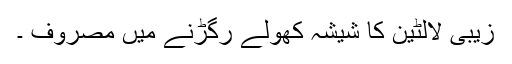
زیبی لالٹین کا شیشہ کھولے رگڑنے میں مصروف ۔